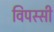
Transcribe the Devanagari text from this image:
विपस्सी